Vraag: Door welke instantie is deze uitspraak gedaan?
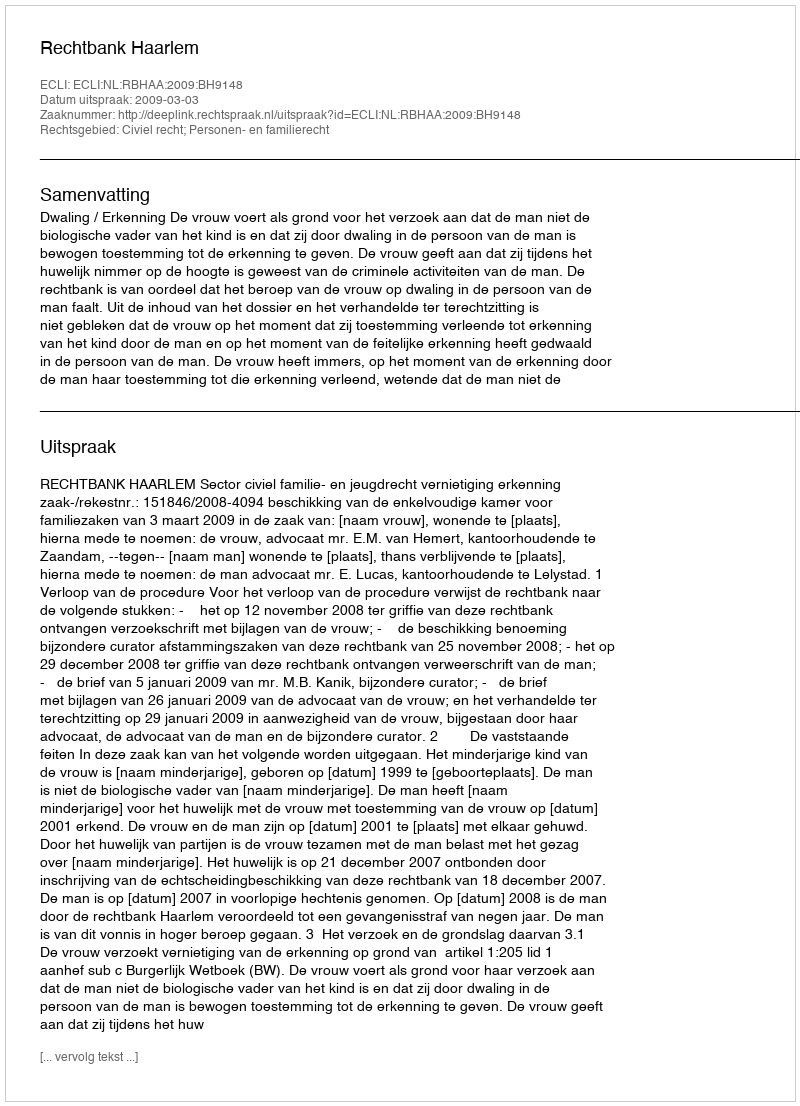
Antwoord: Rechtbank Haarlem